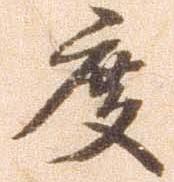
度